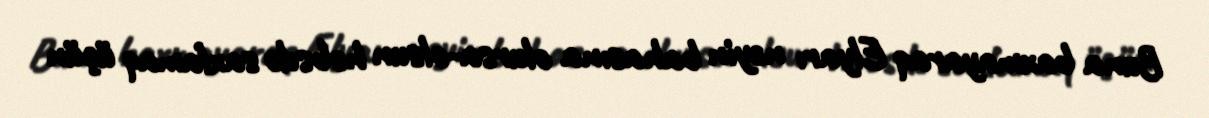
Buna baxmayaraq Elyarı nəyin bahasına olursa-olsun həbsdə saxlamaq üçün